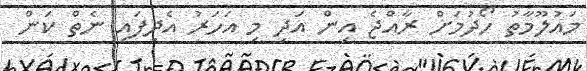
މައުލޫމާތު ހޯދުމަށް ރާއްޖެ އިން އަދި މި އަހަރު އެދިފައި ނެތް ކަން